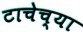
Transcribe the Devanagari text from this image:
टाचेच्या